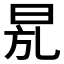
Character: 𣆍